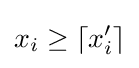
x_{i}\geq \left\lceil x_{i}'\right\rceil